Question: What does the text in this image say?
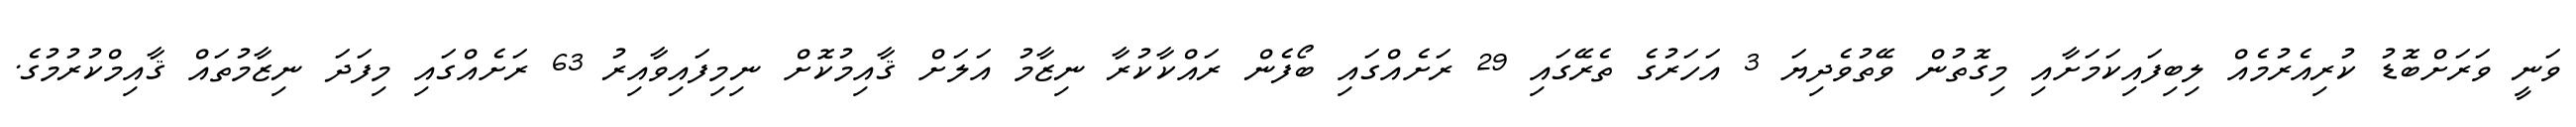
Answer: ވަނީ ވަރަށްބޮޑު ކުރިއެރުމެއް ލިބިފައިކަމަށާއި މިގޮތުން ވޭތުވެދިޔަ 3 އަހަރުގެ ތެރޭގައި 29 ރަށެއްގައި ބޯފެން ރައްކާކުރާ ނިޒާމު އަލަށް ޤާއިމުކޮށް ނިމިފައިވާއިރު 63 ރަށެއްގައި މިފަދަ ނިޒާމުތައް ޤާއިމްކުރުމުގެ.